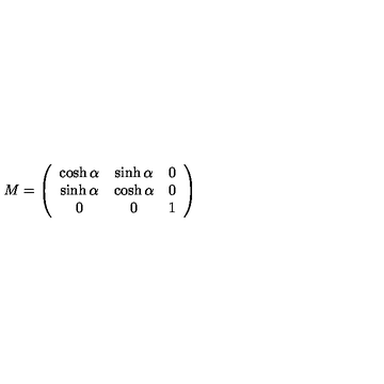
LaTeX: M = \left( \begin{array} { c c c } { \cosh \alpha } & { \sinh \alpha } & { 0 } \\ { \sinh \alpha } & { \cosh \alpha } & { 0 } \\ { 0 } & { 0 } & { 1 } \\ \end{array} \right)